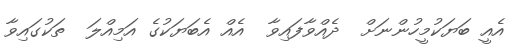
އެއީ ބަޔަކުމީހުންނަށް  ދެއްވާފައިވާ  އެއް އެބަޔަކުގެ އަމިއްލަ  ތަކުގައިވާ